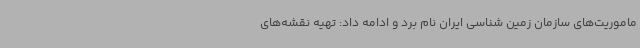
ماموریت‌های سازمان زمین شناسی ایران نام برد و ادامه داد: تهیه نقشه‌های